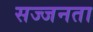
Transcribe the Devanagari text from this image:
सज्‍जनता